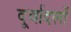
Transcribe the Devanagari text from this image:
दूर्वादलों